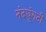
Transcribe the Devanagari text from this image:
नंदघुंगटी